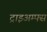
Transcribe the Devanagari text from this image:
ट्राइअम्फ्स